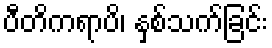
ပီတိကရာပိ၊ နှစ်သက်ခြင်း